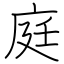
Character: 庭